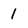
Character: 1